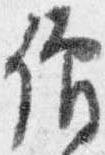
僧